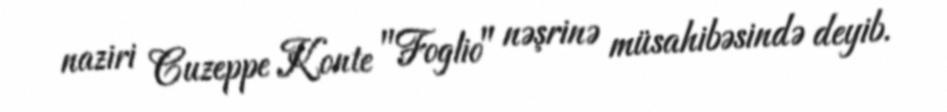
naziri Cuzeppe Konte "Foglio" nəşrinə müsahibəsində deyib.